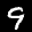
Label: 9